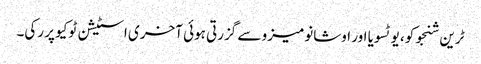
ٹرین شنجوکو، یوٹسویا اور اوشانومیزو سے گزرتی ہوئی آخری اسٹیشن ٹوکیو پر رکی۔